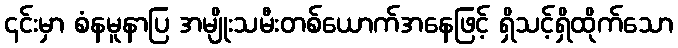
၎င်းမှာ စံနမူနာပြ အမျိုးသမီးတစ်ယောက်အနေဖြင့် ရှိသင့်ရှိထိုက်သော